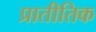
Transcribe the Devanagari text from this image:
प्रातीतिक